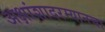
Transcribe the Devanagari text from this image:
अक्षांशादरम्यानचा